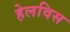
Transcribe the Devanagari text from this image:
हेलविस